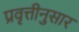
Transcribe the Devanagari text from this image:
प्रवृत्तीनुसार